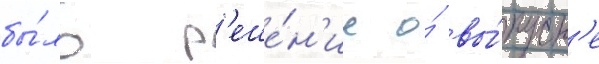
бы́ло р'еше́н'ие о́ вы́пуск'е